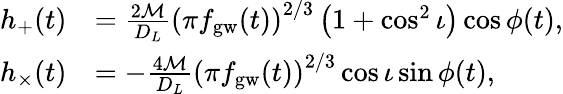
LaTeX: \begin{array}{rl}{h_{+}(t)}&{=\frac{2\mathcal{M}}{D_{L}}\left(\pi f_{\mathrm{gw}}(t)\right)^{2/3}\left(1+\cos^{2}\iota\right)\cos{\phi(t)},}\\ {h_{\times}(t)}&{=-\frac{4\mathcal{M}}{D_{L}}\left(\pi f_{\mathrm{gw}}(t)\right)^{2/3}\cos{\iota}\sin{\phi(t)},}\end{array}